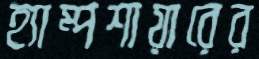
হ্যাম্পশায়ারের